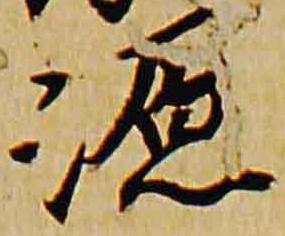
源